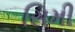
સિમી